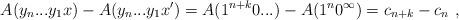
LaTeX: \begin{align*}A(y_n...y_1x) - A(y_n...y_1x') = A(1^{n+k}0...) - A(1^n0^\infty) = c_{n+k} - c_n \ ,\end{align*}